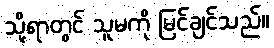
သို့ရာတွင် သူမကို မြင်ချင်သည်။